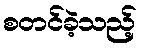
စတင်ခဲ့သည့်